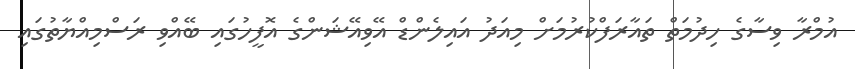
އުމްރާ ވިސާގެ ހިދުމަތް ތައާރަފްކުރުމަށް މިއަދު އައިލެންޑް އޭވިއޭޝަންގެ އޮފީހުގައި ބޭއްވި ރަސްމިއްޔާތުގައި